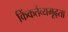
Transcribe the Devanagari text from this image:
किंकर्तव्यमूढ़ता